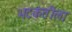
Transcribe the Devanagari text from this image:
भटकंतीला